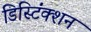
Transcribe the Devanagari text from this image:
डिस्टिंंक्शन